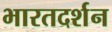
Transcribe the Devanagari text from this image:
भारतदर्शन